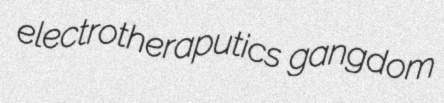
electrotheraputics gangdom